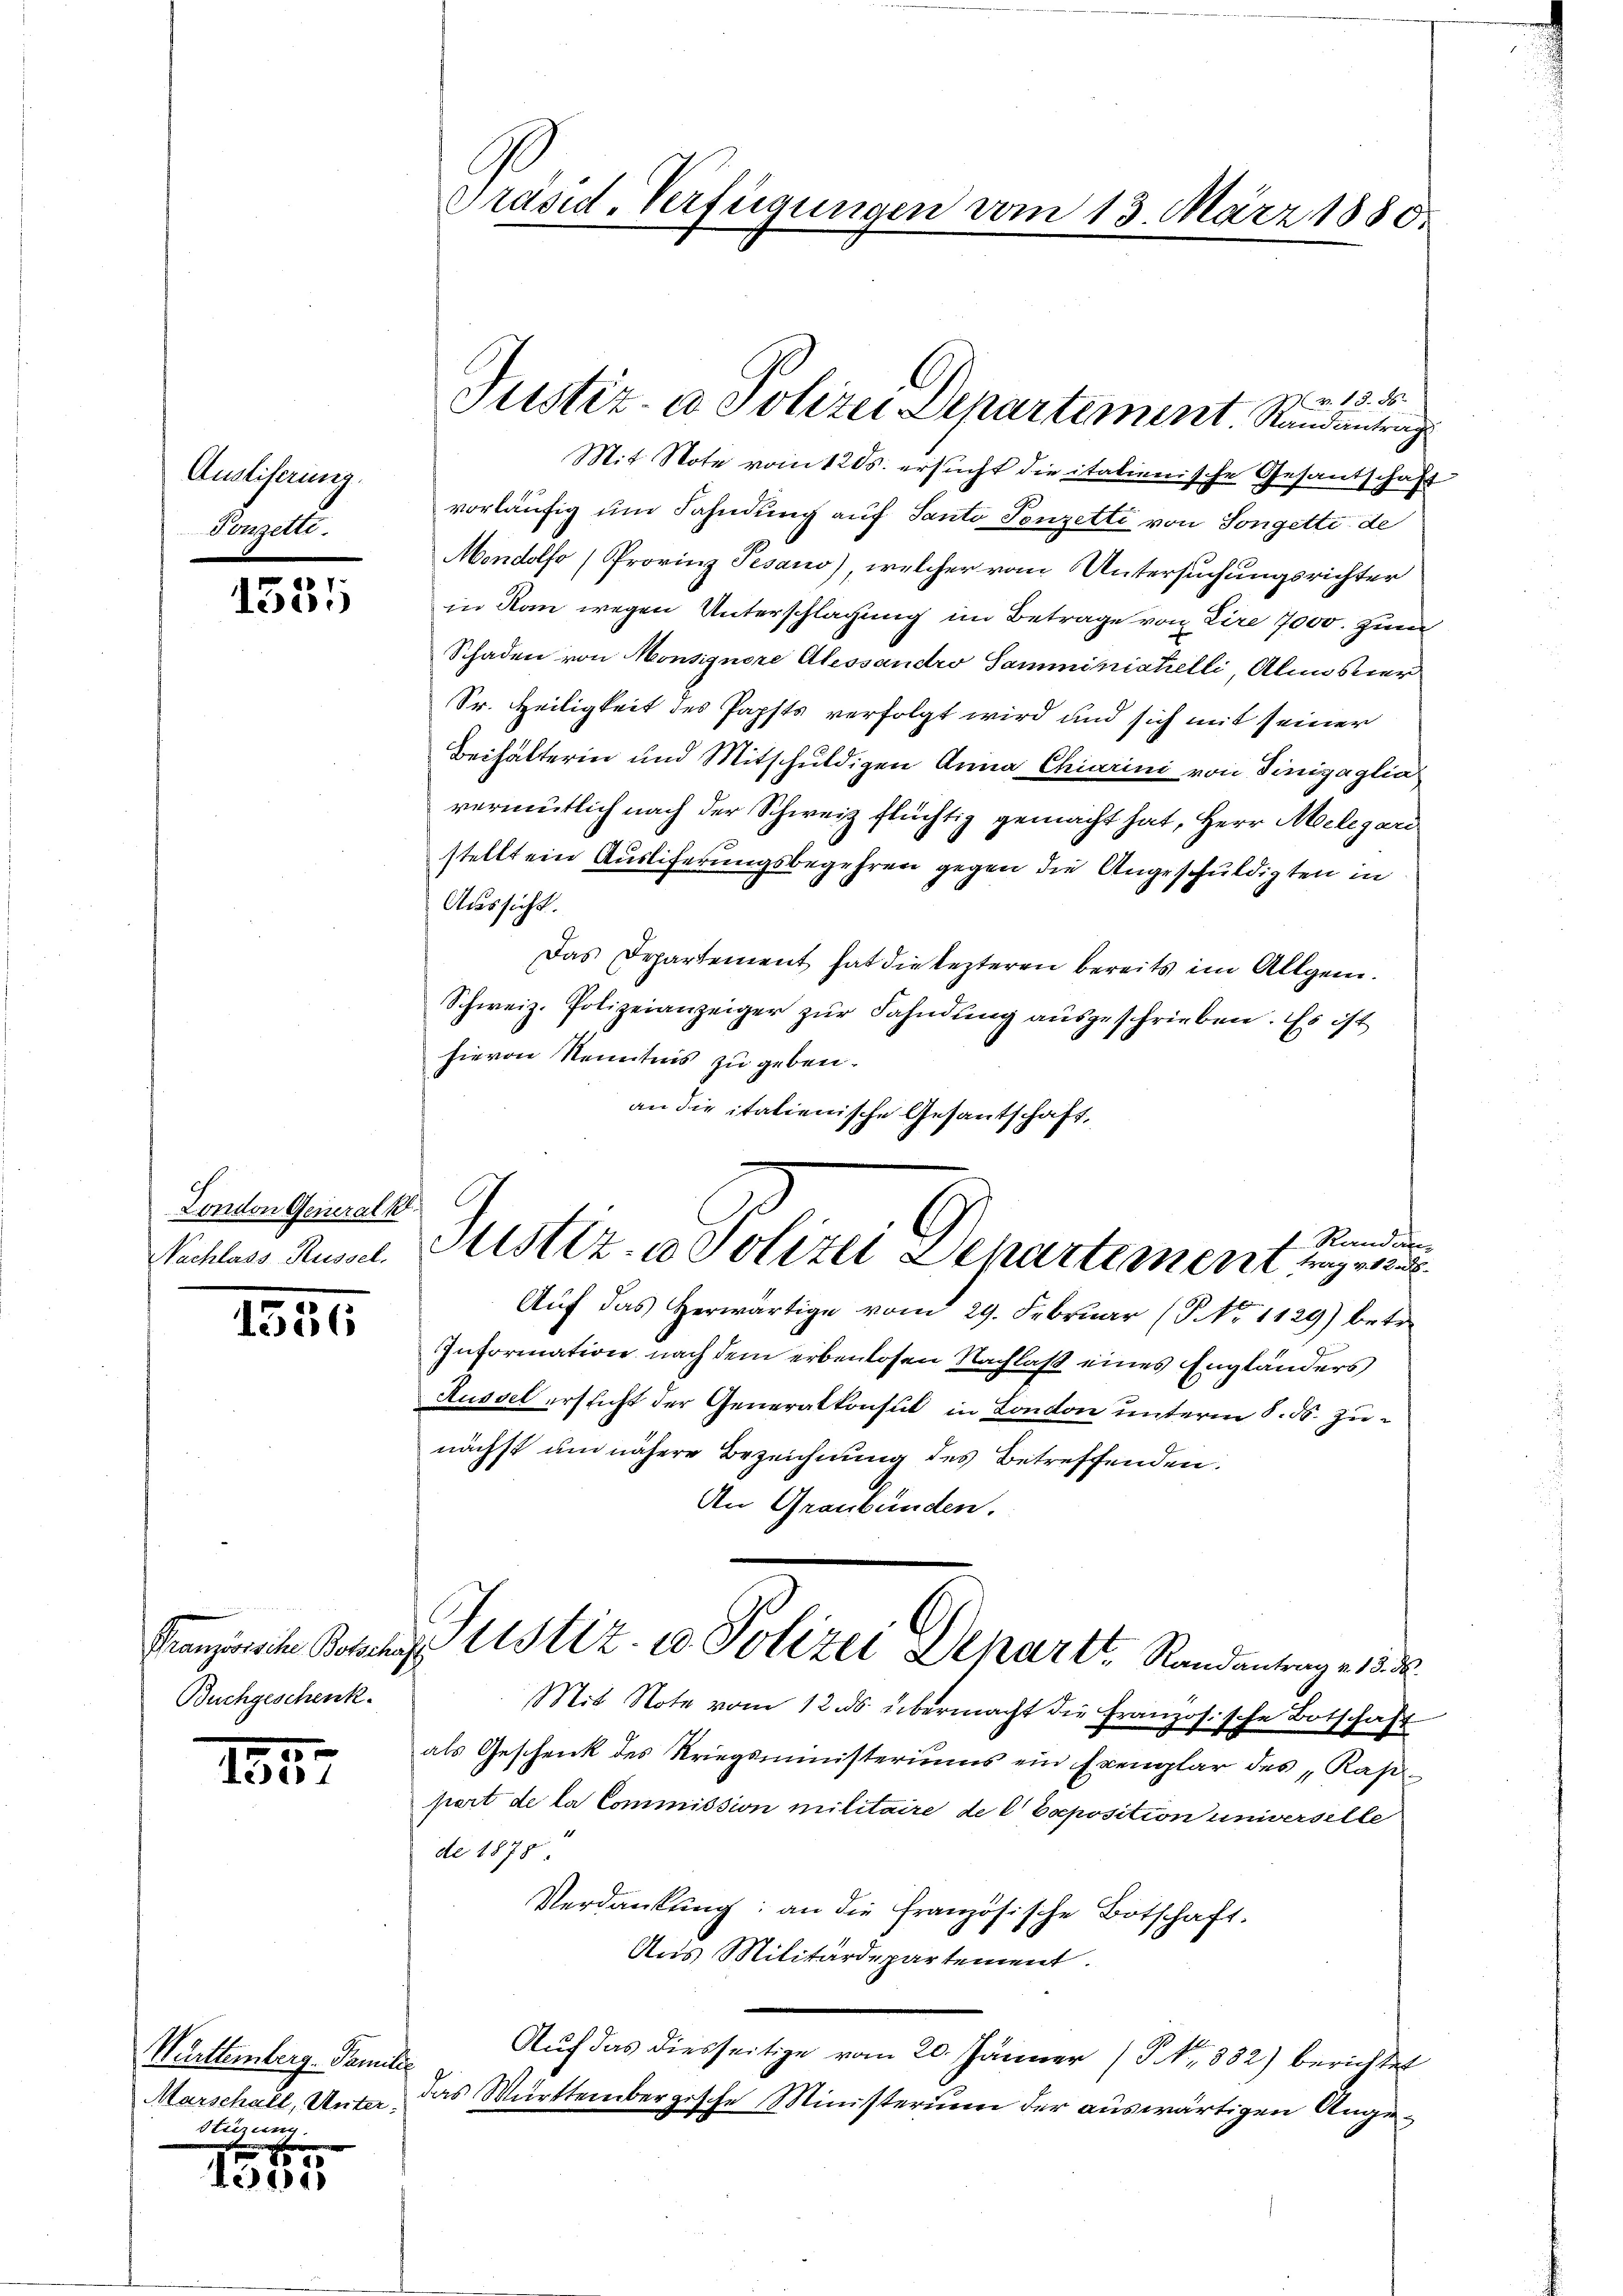
Ausliferung.
Conzelle.

s
1300

London Generalk
Nachlass Russel.

1536

Franzwische Botscha,
Buchgeschenk.

3
130

Württemberg - Familie
Marschalt, Unter-
Stierung

e
e

Präsid. Verfügungen vom 13. März 1880

v. 18. d.
Mit Note vom 1205. ersucht die italienische Gesandschaft
vorläufig um Fahndung auf Santo Tonzetti von Songette de
Mondolfo /Provinz Pesario) welcher vom Untersuchungsrichter
in Kan wegen Unterschlagung im Betrage von Lire 7000. zum
Schaden von Monsignore Alessandro Samministelli Almoser
Sr. Heiligkeit des Papsts verfolgt wird und sich mit seiner
Beihälterin und Mitschuldigen Anna Chiarini von Tinigaglia
vermutlich nach der Schweiz flüchtig gemacht hat, Herr Melegari
stellt ein Ausliferungsbegehren gegen die Angeschuldigten in
Aussicht.
Das Departement hat die lezteren bereits im Allgem.
Schweiz. Polizeianzeiger zŭr Fahndung ausgeschrieben. Es ist
hievon Kenntnis zu geben.
an die italienische Gesantschaft,

Justiz- & Polizei Departement. Randantrag

Rande
Sistiz- & Polizei Departement a

h
Justiz- u Polizei Departt. Randantrag e 1 3

Auf das Herwärtige vom 29. Februar (NNo. 1129) betre
Information nach dem erbenlosen Nachlaß eines Engländers
Aüssel ersticht der Generalkonsul in London unterm 8. ds. zunächst um nähere Bezeichnung des Betreffenden.
An Graubünden.
Mit Note vom 12. ds. übermacht die Französische Botschaft
als Geschenk des Kriegsministeriums ein Exemplar des „Kappert de la Commission militaire de l. Exposition universelle
de 1878.
Verdankung: an die französische Botschaft.
Aus Militärdepartement.
Auf das diesseitige vom 20. Jänner (S. Nr. 882) berichtet
das Württembergische Ministerium der auswärtigen Ange¬